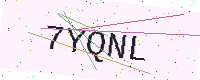
Text: 7YQNL